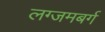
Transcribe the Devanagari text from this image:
लग्जमबर्ग